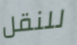
للنقل